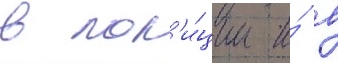
в пол'и́ции и́ в